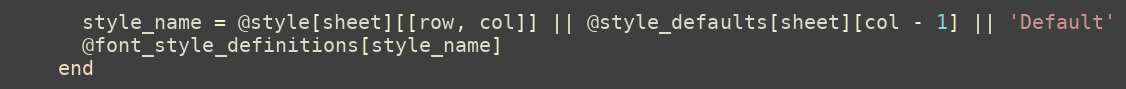
Language: Ruby
      style_name = @style[sheet][[row, col]] || @style_defaults[sheet][col - 1] || 'Default'
      @font_style_definitions[style_name]
    end